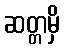
ဆတ္တမှိ